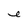
Character: e